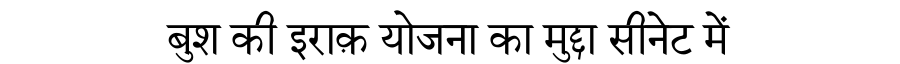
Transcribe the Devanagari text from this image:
बुश की इराक़ योजना का मुद्दा सीनेट में